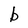
Character: b